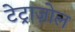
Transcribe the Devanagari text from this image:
टेट्राज़ोल